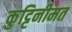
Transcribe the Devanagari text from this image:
कुट्टिनीमत